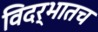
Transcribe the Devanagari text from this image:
विदर्भातच